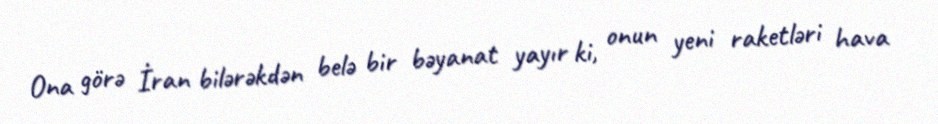
Ona görə İran bilərəkdən belə bir bəyanat yayır ki, onun yeni raketləri hava